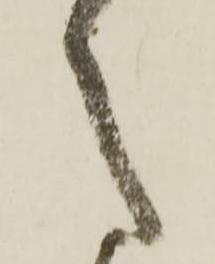
之